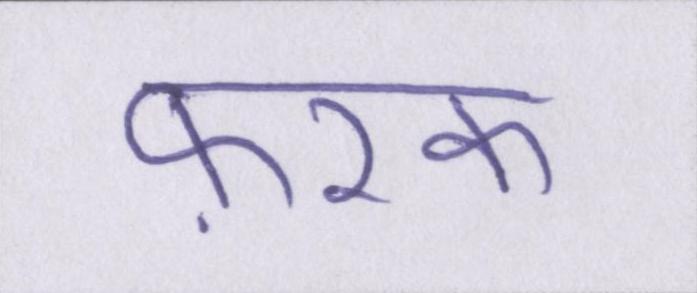
फ़रक